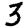
Digit: 3